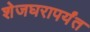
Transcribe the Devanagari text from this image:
शेजघरापर्यंत